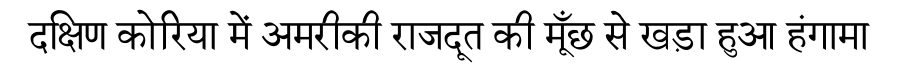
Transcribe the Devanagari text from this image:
दक्षिण कोरिया में अमरीकी राजदूत की मूँछ से खड़ा हुआ हंगामा